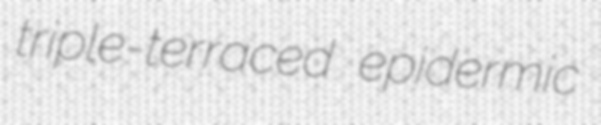
triple-terraced epidermic